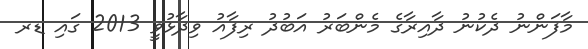
މާފަންނު ދެކުނު ދާއިރާގެ މެންބަރު އަބުދު ރިފާއު ވިދާޅުވީ 2013 ގައި ޑރ